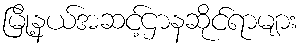
မြို့နယ်အဆင့်ဌာနဆိုင်ရာများ